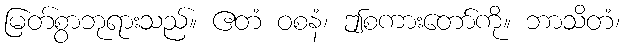
မြတ်စွာဘုရားသည်။ ဧတံ ဝစနံ၊ ဤစကားတော်ကို။ ဘာသိတံ၊